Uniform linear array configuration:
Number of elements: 8
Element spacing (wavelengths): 1
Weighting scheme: binomial
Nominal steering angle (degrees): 0
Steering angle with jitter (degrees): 1.222
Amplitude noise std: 0.05
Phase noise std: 0.05

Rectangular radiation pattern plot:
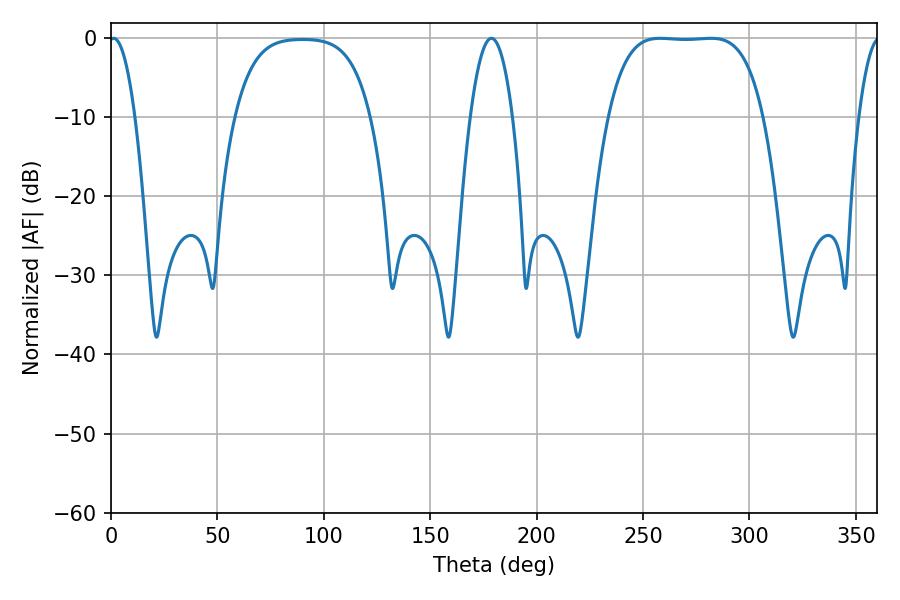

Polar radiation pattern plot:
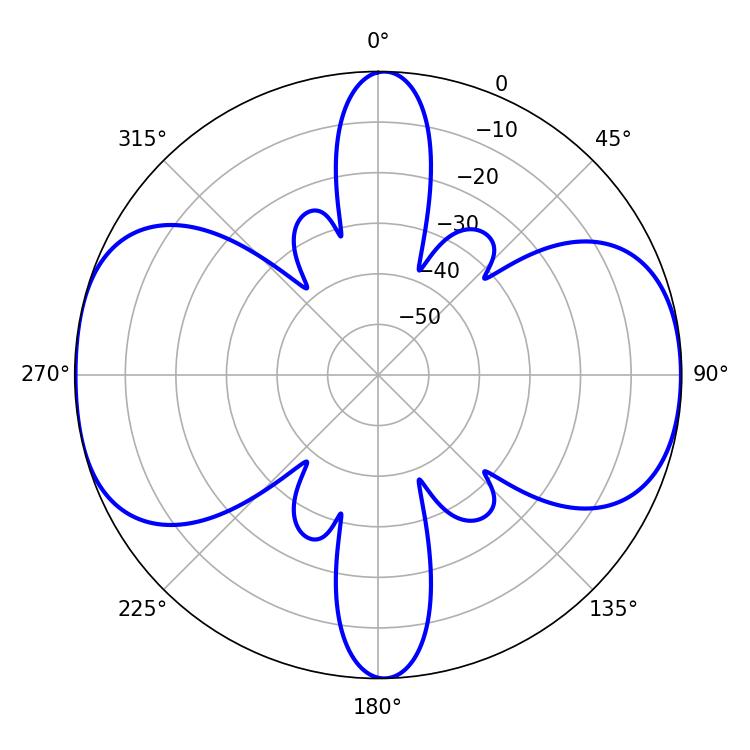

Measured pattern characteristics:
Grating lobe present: TRUE
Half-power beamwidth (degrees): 56.16
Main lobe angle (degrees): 258.12